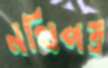
নথিপত্র